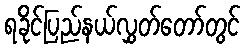
ရခိုင်ပြည်နယ်လွှတ်တော်တွင်